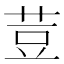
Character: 荳